Leaving Certificate Examination, 1919
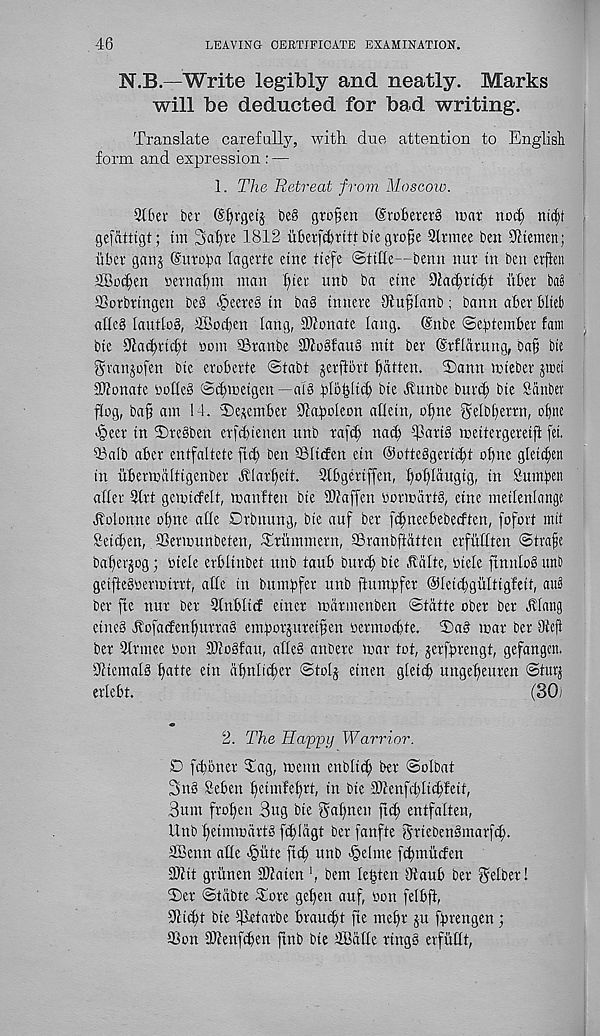
46
LEAVING CERTIFICATE EXAMINATION.
N.B.—Write legibly and neatly. Marks
will be deducted for bad writing.
Translate carefully, with due attention to English
form and expression : —
1. The Retreat from Moscow.
2t6ei bet (Sfyrgetj be§ gto§en (SrobetetS mat nod) nt^t
gefattigt; tin 3af)te 1812 ubet)'d)tttt bie gro§e Strmee ben 91temen;
iibet ganj (Suto^a lagerte cine tiefe ©tihe—benn nut tn ben evften
SBoc^en oetnafjin man l)tet unb ba etnc Dladytcbt iibet ba§
SSorbttngen be§ ^eete§ in bag tnnete Oiuflanb; bann abet blteb
allcg lautlog, TBod)en lartg, SOionate lang. @nbe ©ebtcmber fain
btc 9lad)tic!t ooin SStanbe SDlogfaug mtt bet (Etflarung, baf bte
gtanjofen bte etobette ©tabt jetflott fatten. 2)ann tthebet jioet
2Wonate bofteg ©djmetgen—aig ^Ib^ltcb bte Httnbe bittd; bte Scinbet
flog, ba§ am 14. T>e*etnbet Sdaboleon allettt, o'bne ^elbbettn, of)ne
■§eet tn 5)tegben etfd)ietten unb taf^ natb fpattg mettergeretff fet.
53alb abet entfaltete fid) ben SBIttfen ein ©otteggeritbt obne glet^en
in iibetmalttgenbet lllatl)ett. 9tbgettffen, f)of)Iaugtg f tn fiumben
alfer 9ttt gemicfelt, toanften bte 2)faffen botmarfg, etne metlenlattgc
Holonne obne aile Dtbttung, bte auf bet fdjneebebecften, fofott mit
Setd;en, SSettounbeten, Ttitminern, aStanbftatten etfitttten ©trafe
baberjog; tuele etblinbet uttb taub bttrcb bte .^iilte, otele ftnnlog utib
getftegoenotttt, afle in bumbfer unb ftmiiipfct ©feicbgultigfeit, ait§
bet fie nut bet 2fnblt<f einet toatmenben ©tatte obet bet Hlattg
cineg Jlofatfenbuttag embotjtttetfen oetmocbte. ©ag mat bet 8iefl
bet 3ltmee bon DJiogfau, afleg anbete mat tot, jetfbtengt, gefangctt.
Ultemalg batte ein abnli^er ©tolj einen gletcb ungebeuten ©tutj
etlebt.
(30)
2. The Happy Warrior.
D fdtbnet Tag, menn enblt^ bet ©olbat
3ng Sebett betmfebtt, in bte 31tenfd)licbfett,
3um ftoben 3ug bte gabnen ftd; entfalten,
Unb betmmattg [d)lagt bet fanfte gtiebengmatfcb.
SBettn atle >§ute ftcb unb <§elme fcbmitcfen
9)1 it gtiinen 9)latett', bem lenten Diaub bet gelbet!
©et ©tabte Tote geben auf, bon felbft,
9ficbt bte 91etatbe btaucbt fte mebt ju fprengen;
TSon 9)lenf(ben ftnb bte SBciffe ttngg etfiitlt,